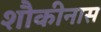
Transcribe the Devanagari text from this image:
शौकीनास